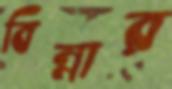
বিন্নার